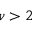
\nu > 2